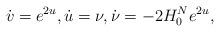
LaTeX: \begin{align*}\dot v = e^{2u}, \dot u = \nu, \dot \nu = -2 H^N_0 e^{2u},\end{align*}